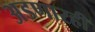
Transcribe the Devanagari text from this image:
अडणारही